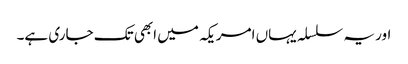
اور یہ سلسلہ یہاں امریکہ میں ابھی تک جاری ہے۔